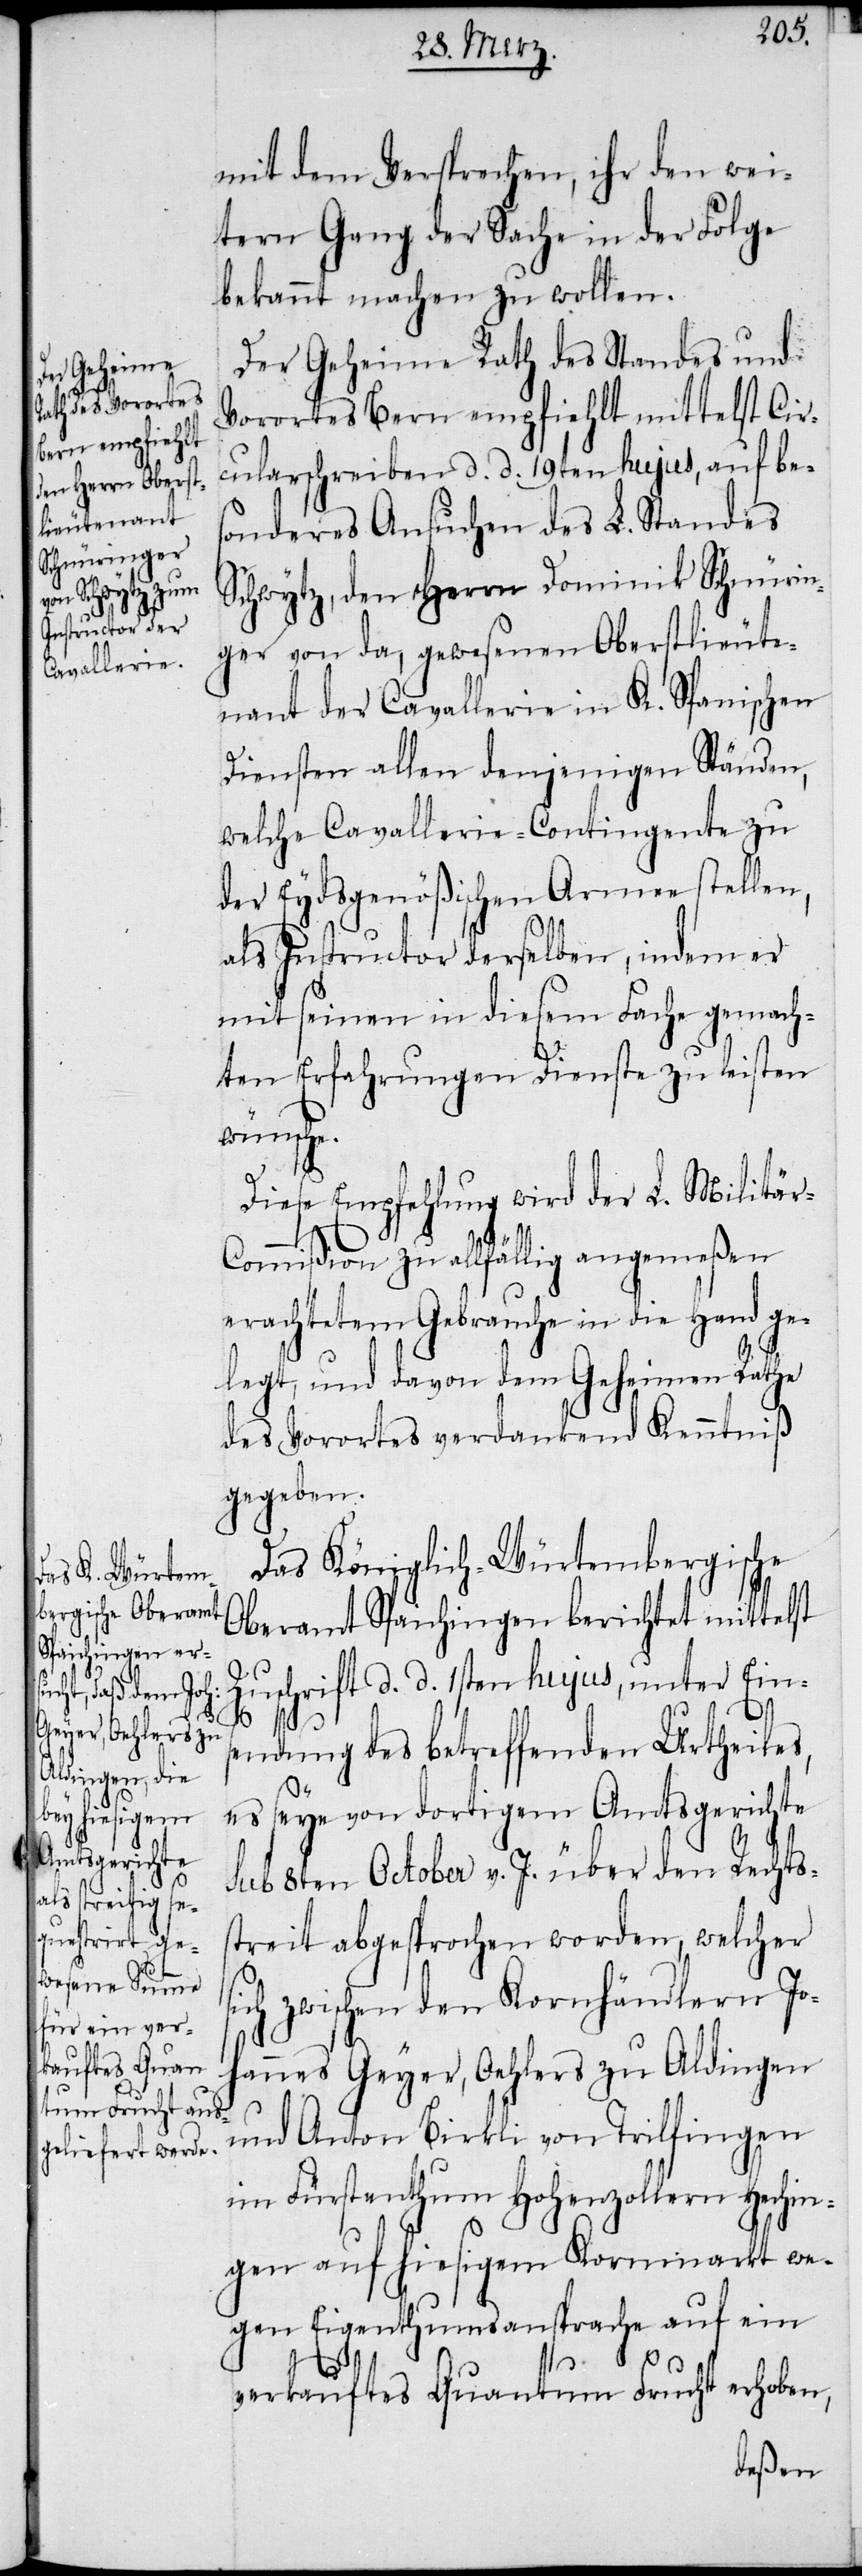
s¬

mit dem Versprechen, ihr den wei¬
tern Gang der Sache in der Folge
bekannt machen zu wollen.
Der Geheime Rath des Standes und
Vorortes Bern empfiehlt mittelst Cir¬
cularschreiben d. d. 19ten hujus, auf bes¬
onderes Ansuchen des L. Standes
Schwytz, den Herrn Dominik Schnürin¬
ger von da, gewesenen Oberstlieute¬
nant der Cavallerie in K. Spanischen
Diensten allen denjenigen Ständen,
welche Cavallerie-Contingente zu
der Eydsgenößischen Armee stellen,
als Instructor derselben, indem er
mit seinen in diesem Fache gemach¬
ten Erfahrungen Dienste zu leisten
wünsche.
Diese Empfehlung wird der L. Militär-C¬
ommißion zu allfällig angemeßen
erachtetem Gebrauche in die Hand ge¬
legt, und davon dem Geheimen Rathe
des Vorortes verdankend Kenntniß
gegeben.
Das Königlich-Würtembergische
Oberamt Spaichingen berichtet mittelst
Zuschrift d. d. 1sten hujus, unter Einse¬
ndung des betreffenden Urtheiles,
es seye von dortigem Amtsgerichte
sub 8ten October v. J. über den Rechts¬
streit abgesprochen worden, welcher
ich zwischen den Kornhändlern Jo¬
hannes Geyer, Oehlers zu Aldingen
und Anton Birkli von Trilfingen
im Fürstenthum Hohenzollern Hechin¬
gen auf hiesigem Kornmarkt we¬
gen Eigenthumsansprache auf ein
verkauftes Quantum Frucht erhoben,